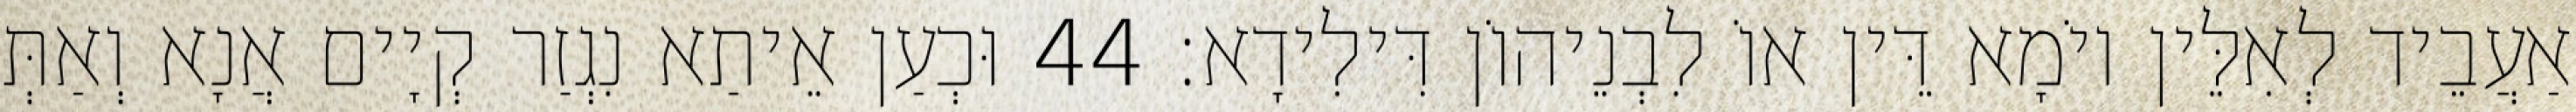
אַעֲבֵיד לְאִלֵּין יוֹמָא דֵּין אוֹ לִבְנֵיהוֹן דִּילִידָא׃ 44 וּכְעַן אֵיתַא נִגְזַר קְיָים אֲנָא וְאַתְּ